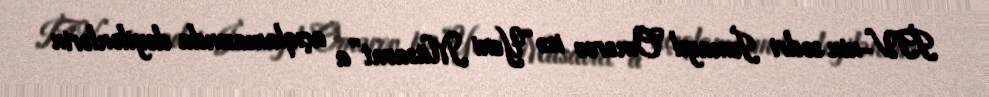
İTV-nin sədri İsmayıl Ömərov isə “Yeni Müsavat”a açıqlamasında deyilənlərin